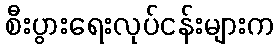
စီးပွားရေးလုပ်ငန်းများက